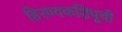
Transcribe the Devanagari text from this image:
हिरण्यकशिपूची